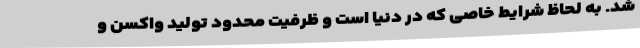
شد. به لحاظ شرایط خاصی که در دنیا است و ظرفیت محدود تولید واکسن و